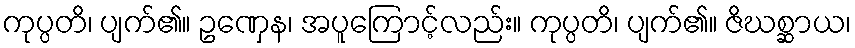
ကုပ္ပတိ၊ ပျက်၏။ ဥဏှေန၊ အပူကြောင့်လည်း။ ကုပ္ပတိ၊ ပျက်၏။ ဇိဃစ္ဆာယ၊